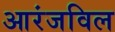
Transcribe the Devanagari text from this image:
आरंजविल